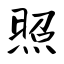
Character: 照